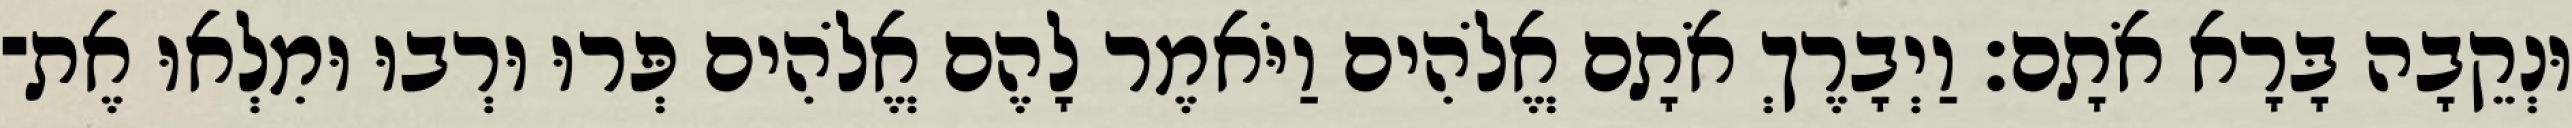
וּנְקֵבָה בָּרָא אֹתָם׃ וַיְבָרֶךְ אֹתָם אֱלֹהִים וַיֹּאמֶר לָהֶם אֱלֹהִים פְּרוּ וּרְבוּ וּמִלְאוּ אֶת־